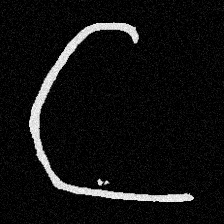
Pyu character \u2014 Myanmar letter: ဋ (romanized: tta)